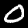
Digit: 0